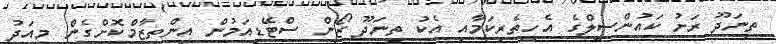
ތިނަދޫ ރަށު ކައުންސިލްގެ އެހީތެރިކަމާއި އެކު ތިނަދޫ ޒޯން ސްޓޭޑިއަމުން އިންތިޒާމްކޮށްގެން މިއަދު